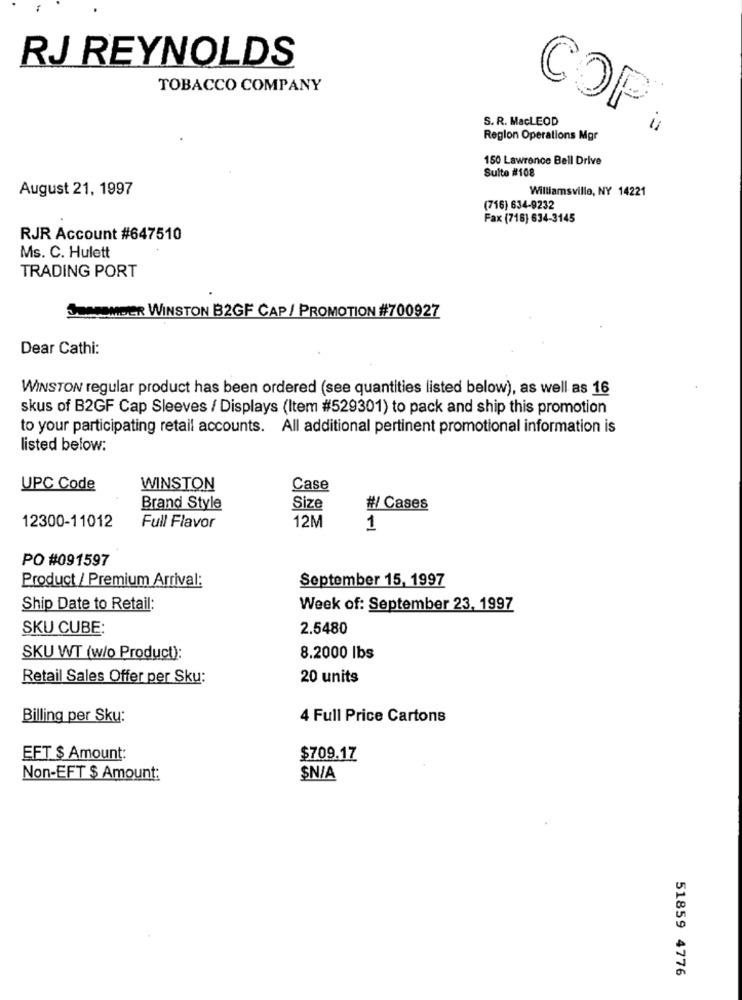
RJ REYNOLDS
TOBACCO COMPANY
S. R. MacLEOD
COF
Region Operations Mgr
150 Lawrence Bell Drive
Sulte #108
August 21, 1997
Williamsville, NY 14221
(716) 634-9232
Fax (716) 634-3145
RJR Account #647510
Ms. C. Hulett
TRADING PORT
SOMOMDER WINSTON B2GF CAP/ PROMOTION #700927
Dear Cathi:
WINSTON regular product has been ordered (see quantities listed below), as well as 16
skus of B2GF Cap Sleeves / Displays (Item #529301) to pack and ship this promotion
to your participating retail accounts. All additional pertinent promotional information is
listed below:
UPC Code
WINSTON
Case
Brand Style
Size
#/ Cases
12300-11012
Full Flavor
12M
1
PO #091597
Product / Premium Arrival:
September 15, 1997
Ship Date to Retail:
Week of: September 23, 1997
SKU CUBE:
2.5480
SKU WT (w/o Product):
8.2000 lbs
Retail Sales Offer per Sku:
20 units
Billing per Sku:
4 Full Price Cartons
EFT $ Amount:
$709.17
Non-EFT $ Amount:
$N/A
51859 4776